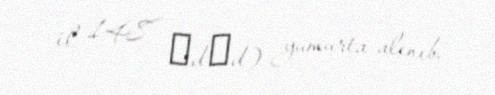
il 148 әdәd) yumurta alınıb.